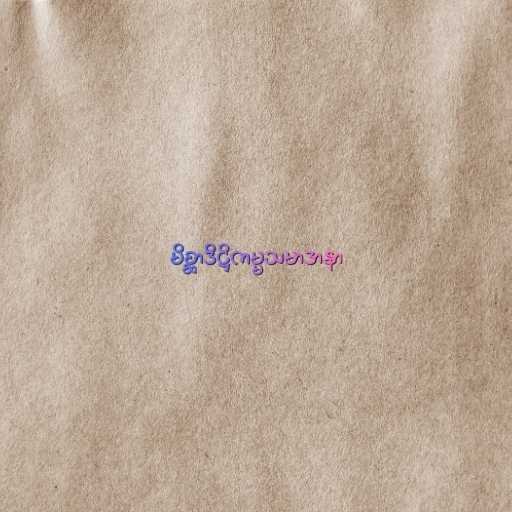
မိစ္ဆာဒိဋ္ဌိကမ္မသမာဒာနာ